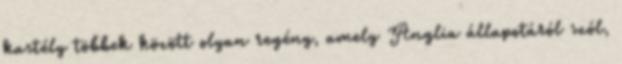
kastély többek között olyan regény, amely Anglia állapotáról szól,